Punjab Mental Hospital Lahore 1932-46 - 1932-1946
Year: 1932
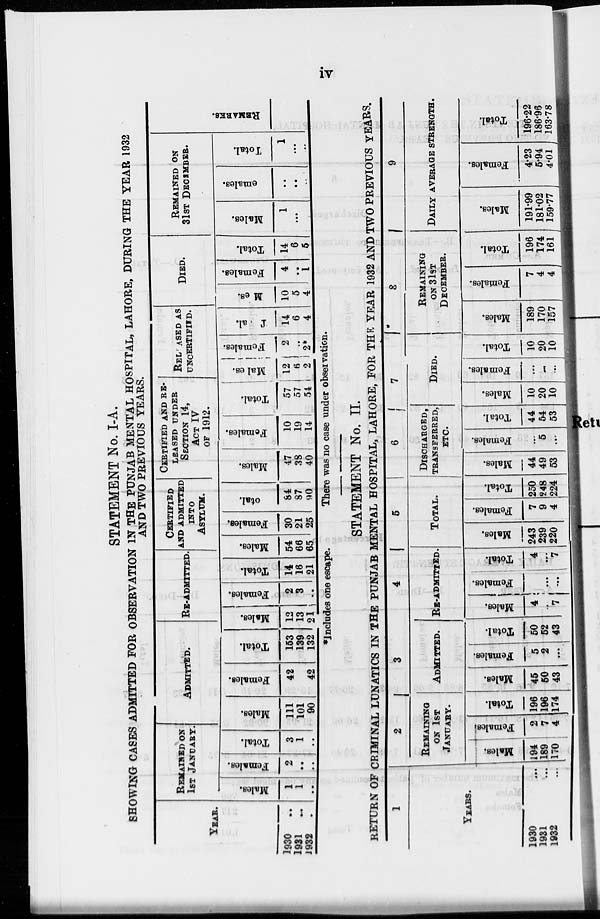
iv
STATEMENT No. I-A.
SHOWING CASES ADMITTED FOR OBSERVATION IN THE PUNJAB MENTAL HOSPITAL, LAHORE, DURING THE YEAR 1932
AND TWO PREVIOUS YEARS.
YEAR.
1930
..
1931
..
1932 ..
REMAINED ON
1ST JANUARY.
Males.
1
1
..
Females.
2
..
..
Total.
3
1
..
ADMITTED.
Males.
111
101
90
Females.
42
38
42
Total.
153
139
132
RE-ADMITTED.
Males.
12
13
21
Females.
2
3
..
Total.
14
16
21
CERTIFIED
AND ADMITTED
INTO
ASYLUM.
Males.
54
66
65
Females.
30
21
25
Total.
84
87
90
CERTIFIED AND RE¬
LEASED UNDER
SECTION 14,
ACT IV
OF 1912.
Males.
47
38
40
Females.
10
19
14
Total.
57
57
54
RELEASED AS
UNCERTIFIED.
Males.
12
6
2
Females.
2
..
2*
Total.
14
6
4
DIED.
Males.
10
5
4
Females.
4
..
1
Total.
14
6
5
REMAINED ON
31ST DECEMBER.
Males.
1
...
...
Females.
...
...
...
Total.
1
...
...
REMARKS.
*Includes one escape.
There was no case under observation.
STATEMENT No. II.
RETURN OF CRIMINAL LUNATICS IN THE PUNJAB MENTAL HOSPITAL, LAHORE, FOR THE YEAR 1932 AND TWO PREVIOUS YEARS.
1
YEARS.
1930 ...
1931 ...
1932 ...
2
REMAINING
ON 1ST
JANUARY.
Males.
194
189
170
Females.
2
7
4
Total.
196
196
174
3
ADMITTED.
Males.
45
50
43
Females.
5
2
...
Total.
50
52
43
4
RE-ADMITTED.
Males.
4
...
7
Females.
...
...
...
Total.
4
...
7
5
TOTAL.
Males.
243
239
220
Females.
7
9
4
Total.
250
248
224
6
DISCHARGED,
TRANSFERRED,
ETC.
Males.
44
49
53
Females.
...
5
...
Total.
44
54
53
7
DIED.
Males.
10
20
10
Females.
...
...
...
Total.
10
20
10
8
REMAINING
ON 31ST
DECEMBER.
Males.
189
170
157
Females.
7
4
4
Total.
196
174
161
9
DAILY AVERAGE STRENGTH.
Males.
191.99
181.02
159.77
Females.
4.23
5.94
4.01
Total.
196.22
186.96
163.78